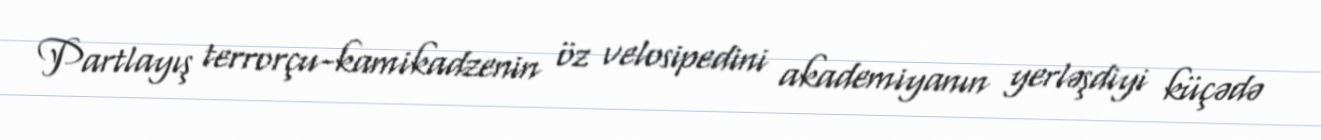
Partlayış terrorçu-kamikadzenin öz velosipedini akademiyanın yerləşdiyi küçədə